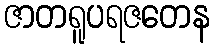
ဇာတရူပရဇတေန